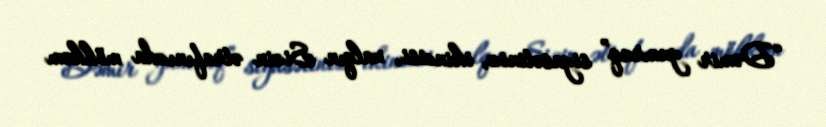
“Dəmir yumruq” siyasətiniz, ikincisi, xalqın Sizin ətrafınızda möhkəm